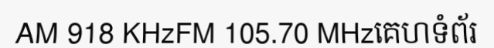
AM 918 KHzFM 105.70 MHzគេហទំព័រ